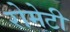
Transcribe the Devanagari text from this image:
रोमेटी